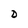
Character: D